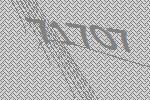
71707